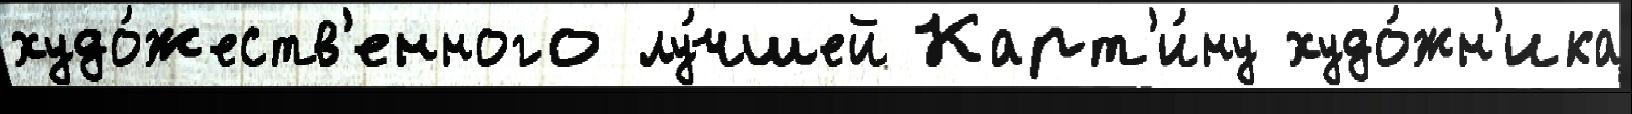
худо́жеств'енного лу́чшей Карт'и́ну худо́жн'ика